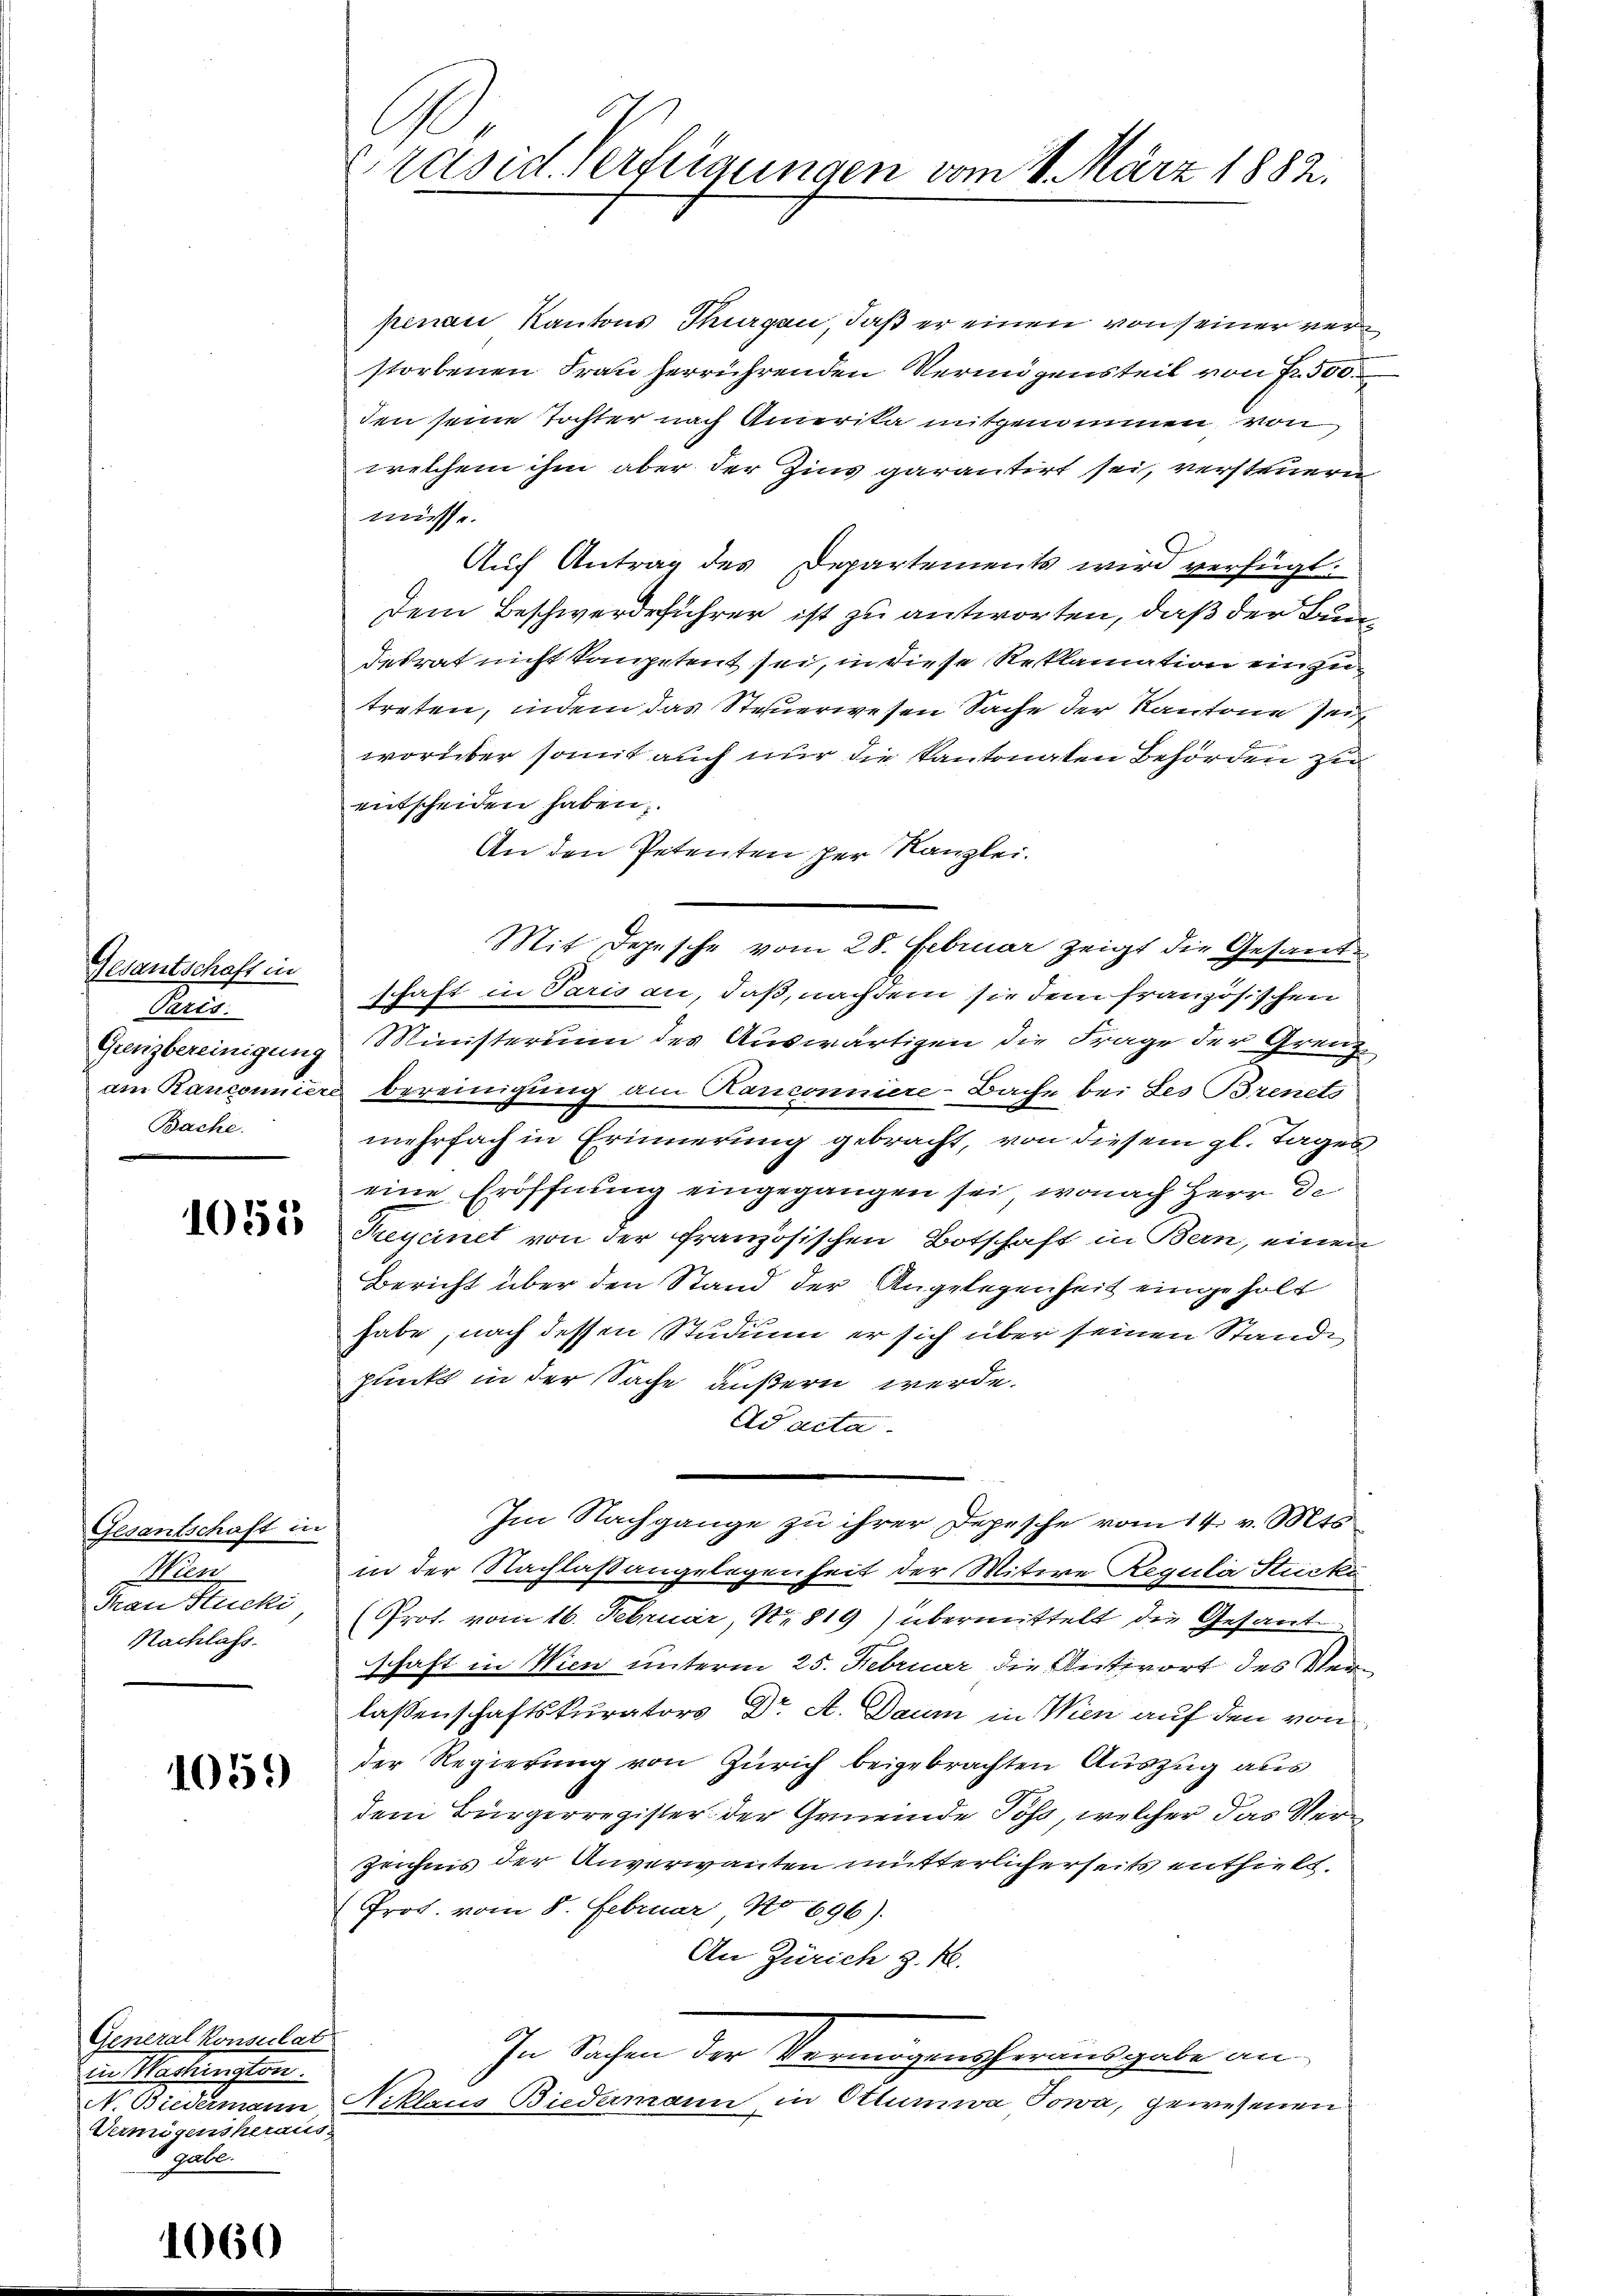
Gesantschaft in
Parts.
Grenzbereinigung
am Ranconniere
Bache.

1051

Gesantschaft in
Wien
Man Stucki
Nachlass

1059

Generalkonsulat
in Machingten.
N. Biedermann
Vermögensheraus
6 gabe.

60

Präsid. Verfügungen vom 8. März 1882.

penan Kantons Thurgau, daß er einen von seiner verstorbenen Frau herrührenden Vermögensteil von Nr. 500
den seine Tochter nach Amerika mitgenommen von
welchem ihm aber der Zins garantirt sei, versteuern
mis.
Auf Antrag des Departements wird verfügt:
dem Beschwerdeführer ist zu antworten, daß der Bundesrat nicht kompetent sei, in diese Reklamation einzutreten, indem das Steuerwesen Sache der Kantone sei
worüber somit auch nur die kantonaten Behörden zu
entscheiden haben,
An den Petenten der Kanzlei.
Mit Depesche vom 28. Februar zeigt die Gesandschaft in Paris an, daß, nachdem sie dem französischen
Ministerium des Auswärtigen die Frage der Grenzbereinigung am Hanconniere-Bache bei des Brents
mehrfach in Erinnerung gebracht, von diesem gl. Tages
eine Eröffnung eingegangen sei, wonach Herr De
Treycinet von der französischen Botschaft in Bern, einen
Bericht über den Stand der Angelegenheit eingeholt
habe, nach dessen Studium er sich über seinen Stande
punkt in der Sache äußern werde.
Ad acta.
Im Nachgange zu ihrer Depesche vom 14. v. Mts.
in der Nachlaßangelegenheit der Witwe Regula Ficki
(Prot. vom 16. Februar, N. 819) übermittelt die Gesant
schaft in Wien unterm 25. Februar die Antwort des Verlassenschaftskurators Dr. A. Daum in Wien auf den von
der Regierung von Zürich beigebrachten Auszug aus
dem Bürgerregister der Gemeinde Poss, welcher das Ver¬
Zeichnis der Anverwanten mutterlicherseits enthielt.
Pros. vom 8. Februar No 696).
An Zürich z. R.
In Sachen der Vermögensherausgabe an
Niklaris Biedermann in Ottumwa Jowa, gewesenen